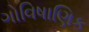
ગોવિષાણિક